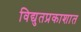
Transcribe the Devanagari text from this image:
विद्युतप्रकाशात